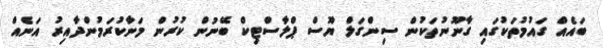
ބައެއް ގައުމުތަކުގައި ގާނޫނުތަކުން ސިންގަލް ޔޫސް ޕްލާސްޓިކް ބޭނުން ކުރުން މަނާކުރަމުންދާއިރު އަނެއް